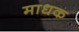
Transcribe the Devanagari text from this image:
माधक